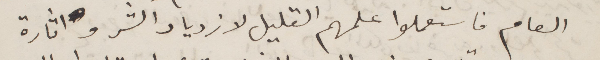
العام فاستعملوا علمهم القليل لازدياد الشر واثارة